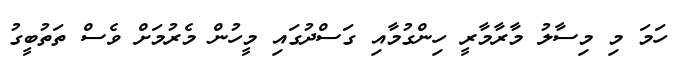
ހަމަ މި މިސާލު މާރާމާރީ ހިންގުމާއި ގަސްދުގައި މީހުން މެރުމަށް ވެސް ތަތުބީގު